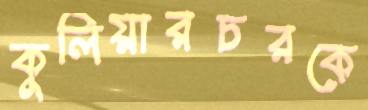
কুলিয়ারচরকে